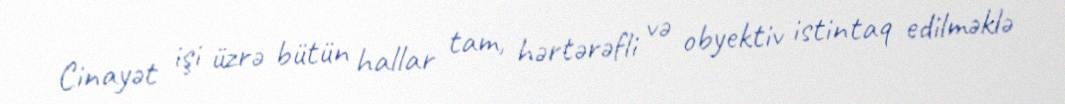
Cinayət işi üzrə bütün hallar tam, hərtərəfli və obyektiv istintaq edilməklə